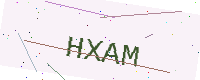
Text: HXAM